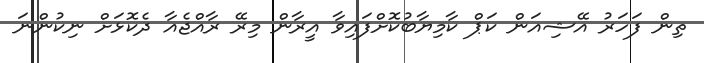
ތިން ފަހަރު އޭޝިއަން ކަޕް ކާމިޔާބުކޮށްފައިވާ އީރާން މިރޭ ރާއްޖެއާ ދެކޮޅަށް ނިކުންނަ